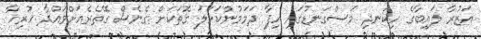
އަޒުރާ ލައިބާގެ ހިކަނދި މަސްގަނޑުގައި ހިފާ ދަމަމުންކަހަލަ ގޮތަކަށް ގެނެސް ގޭތެރެއަށްވައްދާ ހުރިހާ